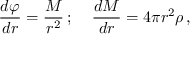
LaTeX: \frac { d \varphi } { d r } = \frac { { \cal M } } { r ^ { 2 } } \, ; \; \; \; \; \frac { d { \cal { M } } } { d r } = 4 \pi r ^ { 2 } \rho \, ,